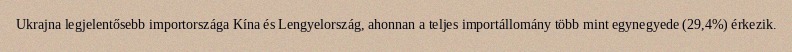
Ukrajna legjelentősebb importországa Kína és Lengyelország, ahonnan a teljes importállomány több mint egynegyede (29,4%) érkezik.